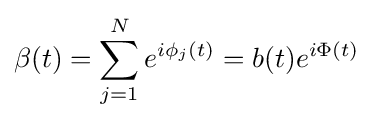
\beta (t)=\sum _{j=1}^{N}e^{i\phi _{j}(t)}=b(t)e^{i\Phi (t)}